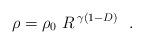
LaTeX: \begin{align*}\rho = \rho_0~R^{\,\gamma(1-D)}~~.\end{align*}